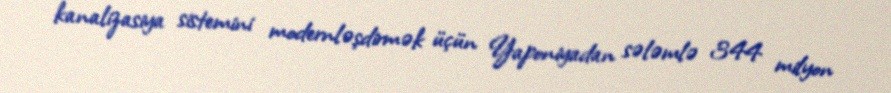
kanalizasiya sistemini modernləşdirmək üçün Yaponiyadan sələmlə 344 milyon